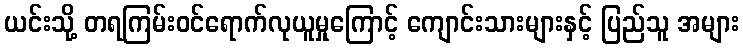
ယင်းသို့ တရကြမ်းဝင်ရောက်လုယူမှုကြောင့် ကျောင်းသားများနှင့် ပြည်သူ အများ